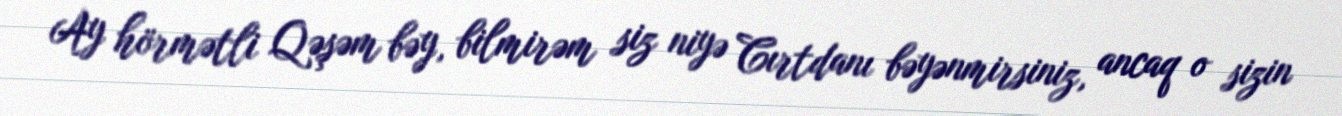
Ay hörmətli Qəşəm bəy, bilmirəm siz niyə Cırtdanı bəyənmirsiniz, ancaq o sizin